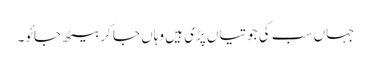
جہاں سب کی جوتیاں پڑی ہیں وہاں جا کر بیٹھ جائو۔